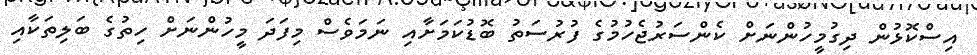
އިސްކޮޅުން ދިގުމީހުންނަށް ކެންސަރުޖެހުމުގެ ފުރުސަތު ބޮޑުކަމަށާއި ނަމަވެސް މިފަދަ މީހުންނަށް ހިތުގެ ބަލިތަކާއި